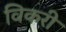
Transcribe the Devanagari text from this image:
विकरी